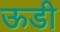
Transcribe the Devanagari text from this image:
ऊडी